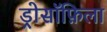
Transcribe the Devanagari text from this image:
ड्रोसॉफ़िला